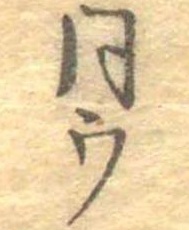
同ウ